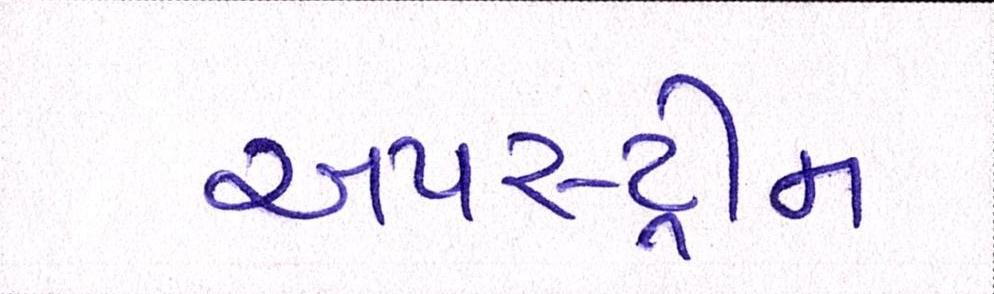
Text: અપસ્ટ્રીમ